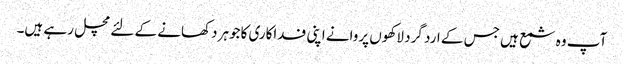
آپ وہ شمع ہیں جس کے ارد گرد لاکھوں پروانے اپنی فداکاری کاجوہر دکھانے کے لئے مچل رہے ہیں۔